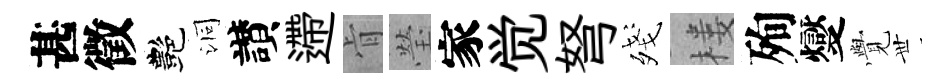
甚徵艷洞讃遰肻瑩家觉弩殘楼殉燮𮗜𠀍